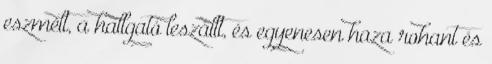
eszmélt, a hallgató leszállt, és egyenesen haza rohant és